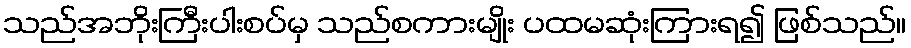
သည်အဘိုးကြီးပါးစပ်မှ သည်စကားမျိုး ပထမဆုံးကြားရ၍ ဖြစ်သည်။